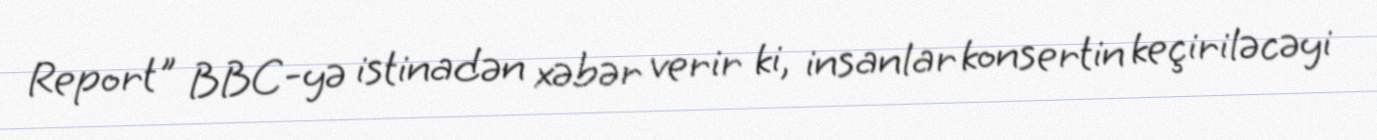
Report" BBC-yə istinadən xəbər verir ki, insanlar konsertin keçiriləcəyi